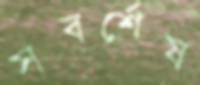
সবর্শেষ